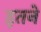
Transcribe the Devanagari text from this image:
इतने